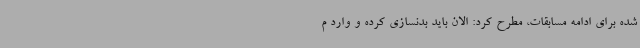
شده برای ادامه مسابقات، مطرح کرد: الان باید بدنسازی کرده و وارد م